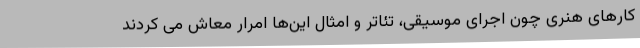
کارهای هنری چون اجرای موسیقی، تئاتر و امثال این‌ها امرار معاش می کردند